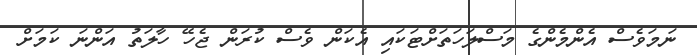
ނަމަވެސް އެންމެންގެ މަސްލަހަތަށްޓަކައި އެކަން ވެސް ކުރަން ޖެހޭ ހާލަތު އަންނަ ކަމަށް